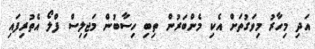
އަދި މިހާރު މިވަގުތަށް އެކި މެންބަރުން ތިބި ހިސާބުން މަޖިލިސް ފްލޯ އެތުރިފައި